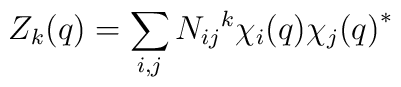
Z_k(q)=\sum_{i,j} N_{ij}{}^k\chi_{i}(q){\chi_j(q)}^*